Investigations on Bengal jail dietaries - Number 37
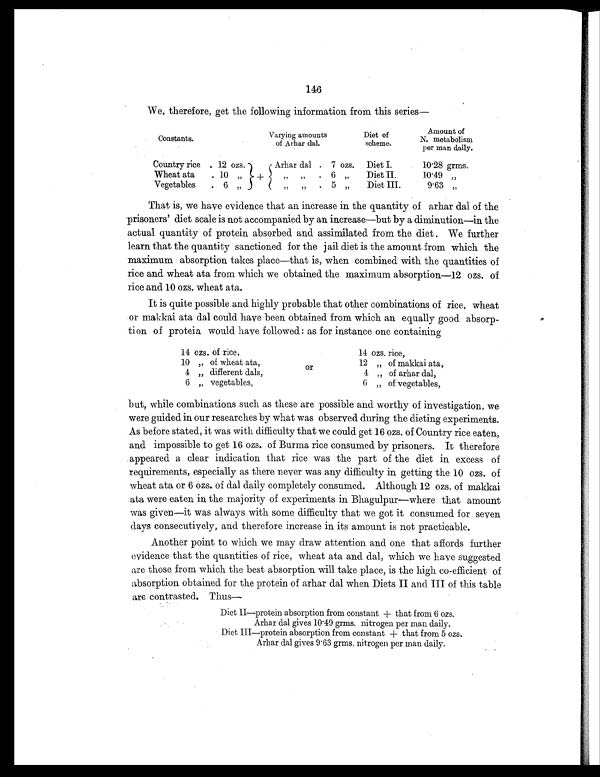
146
We, therefore, get the following information from this series—
Constants.
Varying amounts
of. Arhar dal.
Diet of
scheme.
Amount of
N. metabolism
per man daily.
Country rice . 12 ozs.
+
Arhar dal . 7 ozs.
Diet I.
10.28 grms.
Wheat ata
. 10 „
„ „
.
6 „
Diet II.
10.49 „
Vegetables
. 6 „
„ „
. 5 „
Diet III.
9.63 „
That is, we have evidence that an increase in the quantity of arhar dal of the
prisoners' diet scale is not accompanied by an increase—but by a diminution—in the
actual quantity of protein absorbed and assimilated from the diet . We further
learn that the quantity sanctioned for the jail diet is the amount from which the
maximum absorption takes place—that is, when combined with the quantities of
rice and wheat ata from which we obtained the maximum absorption—12 ozs. of
rice and 10 ozs. wheat ata.
It is quite possible and highly probable that other combinations of rice, wheat
or makkai ata dal could have been obtained from which an equally good absorp-
tion of protein would have followed : as for instance one containing
14 ozs. of rice,
or
14 ozs. rice,
10 „ of wheat ata
12 „ of makkai ata,
4 „ different dals,
4 „ of arhar dal,
6 „ vegetables,
6 „ of vegetables,
but, while combinations such as these are possible and worthy of investigation, we
were guided in our researches by what was observed during the dieting experiments.
As before stated, it was with difficulty that we could get 16 ozs. of Country rice eaten,
and impossible to get 16 ozs. of Burma rice consumed by prisoners. It therefore
appeared a clear indication that rice was the part of the diet in excess of
requirements, especially as there never was any difficulty in getting the 10 ozs. of
wheat ata or 6 ozs. of dal daily completely consumed. Although 12 ozs. of makkai
ata were eaten in the majority of experiments in Bhagulpur—where that amount
was given—it was always with some difficulty that we got it consumed for seven
days consecutively, and therefore increase in its amount is not practicable.
Another point to which we may draw attention and one that affords further
evidence that the quantities of rice, wheat ata and dal, which we have suggested
are those from which the best absorption will take place, is the high co-efficient of
absorption obtained for the protein of arhar dal when Diets II and III of this table
are contrasted. Thus—
Diet II—protein absorption from constant + that from 6 ozs.
Arhar dal gives 10.49 grms. nitrogen per man daily.
Diet III—protein absorption from constant + that from 5 ozs.
Arhar dal gives 9.63 grms. nitrogen per man daily.